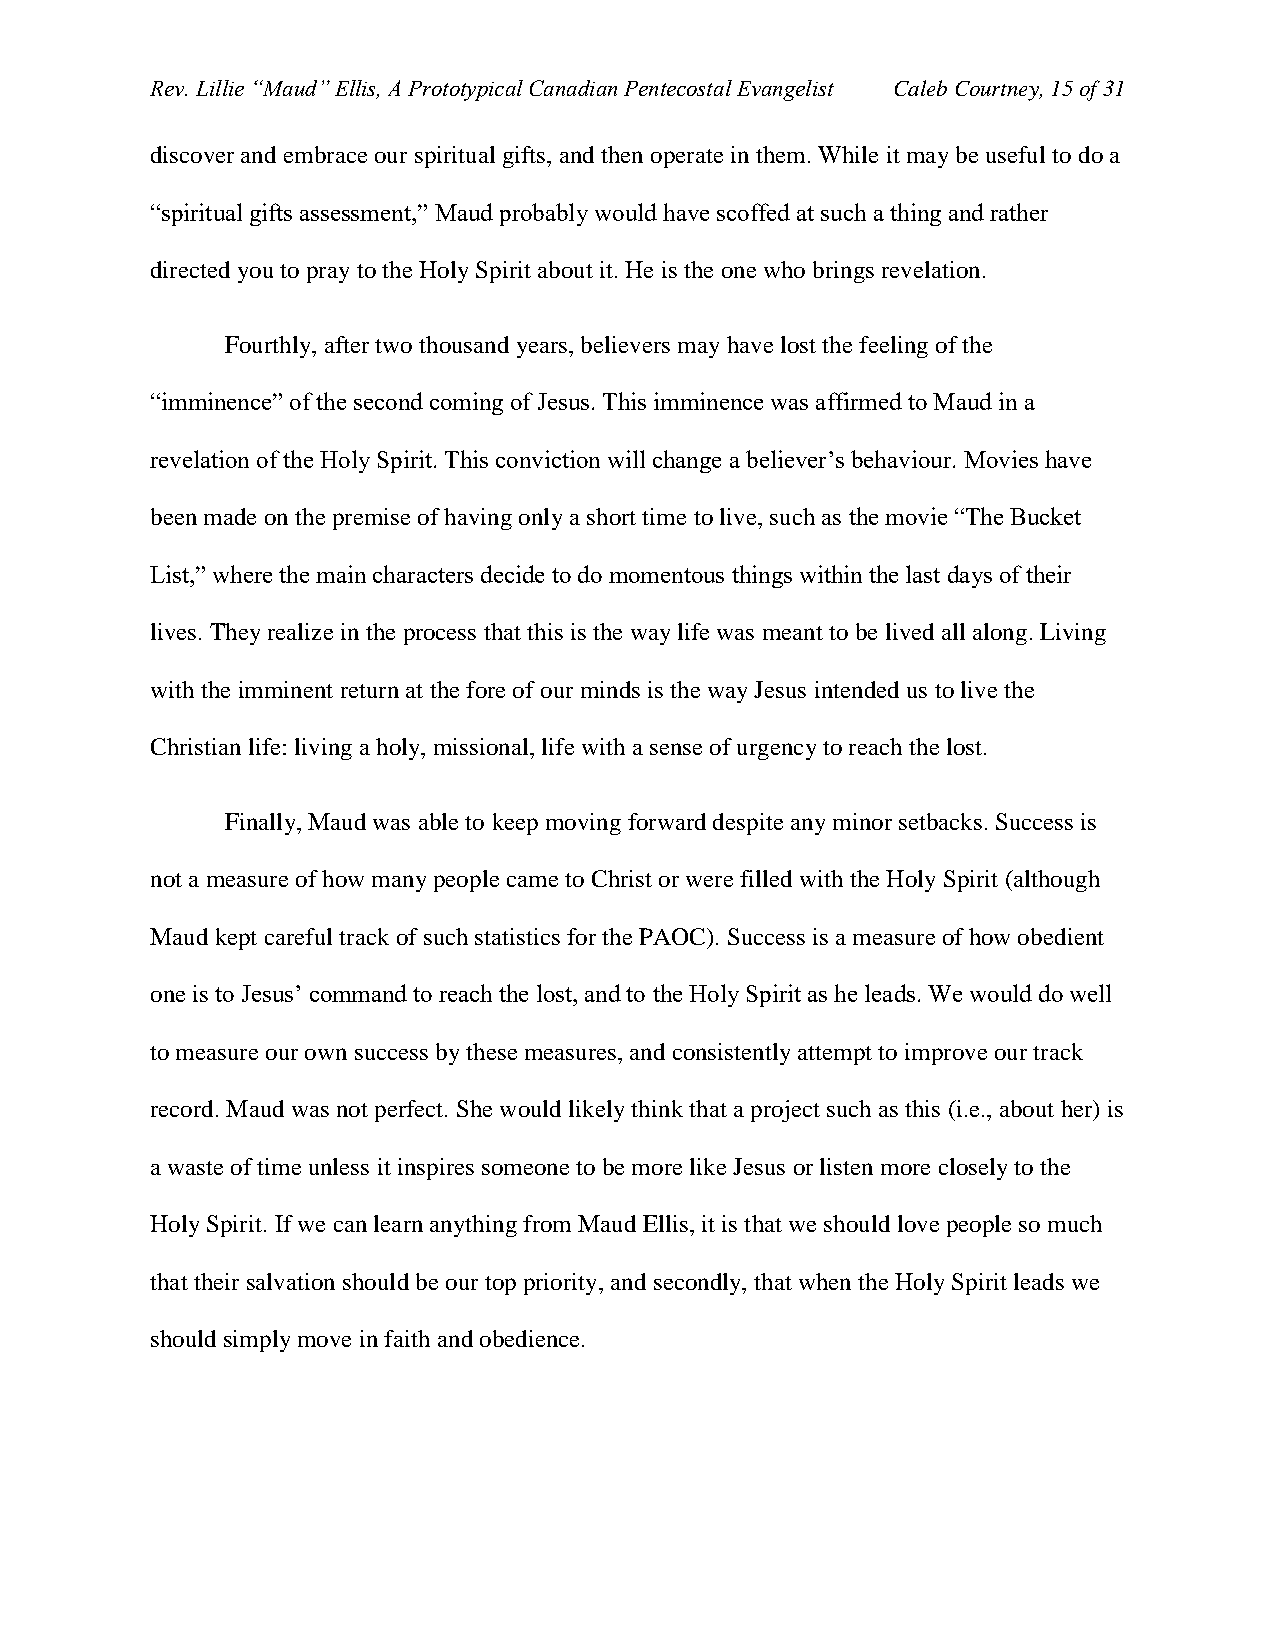
Rev. Lillie “Maud” Ellis, A Prototypical Canadian Pentecostal Evangelist Caleb Courtney, 15 of 31
 discover and embrace our spiritual gifts, and then operate in them. While it may be useful to do a
 “spiritual gifts assessment,” Maud probably would have scoffed at such a thing and rather
 directed you to pray to the Holy Spirit about it. He is the one who brings revelation.
 Fourthly, after two thousand years, believers may have lost the feeling of the
 “imminence” of the second coming of Jesus. This imminence was affirmed to Maud in a
 revelation of the Holy Spirit. This conviction will change a believer’s behaviour. Movies have
 been made on the premise of having only a short time to live, such as the movie “The Bucket
 List,” where the main characters decide to do momentous things within the last days of their
 lives. They realize in the process that this is the way life was meant to be lived all along. Living
 with the imminent return at the fore of our minds is the way Jesus intended us to live the
 Christian life: living a holy, missional, life with a sense of urgency to reach the lost.
 Finally, Maud was able to keep moving forward despite any minor setbacks. Success is
 not a measure of how many people came to Christ or were filled with the Holy Spirit (although
 Maud kept careful track of such statistics for the PAOC). Success is a measure of how obedient
 one is to Jesus’ command to reach the lost, and to the Holy Spirit as he leads. We would do well
 to measure our own success by these measures, and consistently attempt to improve our track
 record. Maud was not perfect. She would likely think that a project such as this (i.e., about her) is
 a waste of time unless it inspires someone to be more like Jesus or listen more closely to the
 Holy Spirit. If we can learn anything from Maud Ellis, it is that we should love people so much
 that their salvation should be our top priority, and secondly, that when the Holy Spirit leads we
 should simply move in faith and obedience.